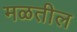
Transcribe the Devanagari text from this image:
मळतील